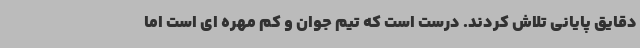
دقایق پایانی تلاش کردند. درست است که تیم جوان و کم مهره ای است اما